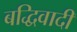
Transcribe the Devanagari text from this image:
बद्धिवादी